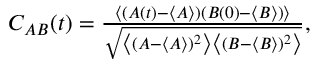
\begin{array} { r } { C _ { A B } ( t ) = \frac { \left\langle ( A ( t ) - \langle A \rangle ) ( B ( 0 ) - \langle B \rangle ) \right\rangle } { \sqrt { \left\langle ( A - \langle A \rangle ) ^ { 2 } \right\rangle \left\langle ( B - \langle B \rangle ) ^ { 2 } \right\rangle } } , } \end{array}